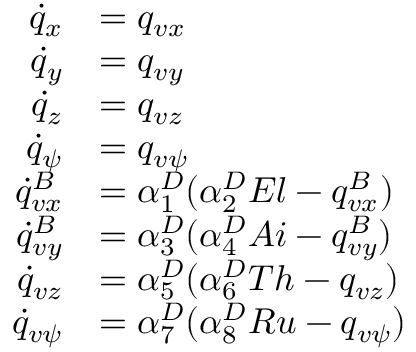
\begin{array} { r l } { \dot { q } _ { x } } & { = q _ { v x } } \\ { \dot { q } _ { y } } & { = q _ { v y } } \\ { \dot { q } _ { z } } & { = q _ { v z } } \\ { \dot { q } _ { \psi } } & { = q _ { v \psi } } \\ { \dot { q } _ { v x } ^ { B } } & { = \alpha _ { 1 } ^ { D } ( \alpha _ { 2 } ^ { D } E l - q _ { v x } ^ { B } ) } \\ { \dot { q } _ { v y } ^ { B } } & { = \alpha _ { 3 } ^ { D } ( \alpha _ { 4 } ^ { D } A i - q _ { v y } ^ { B } ) } \\ { \dot { q } _ { v z } } & { = \alpha _ { 5 } ^ { D } ( \alpha _ { 6 } ^ { D } T h - q _ { v z } ) } \\ { \dot { q } _ { v \psi } } & { = \alpha _ { 7 } ^ { D } ( \alpha _ { 8 } ^ { D } R u - q _ { v \psi } ) } \end{array}